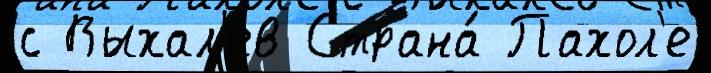
с Выхал'ев Страна́ Пахол'е